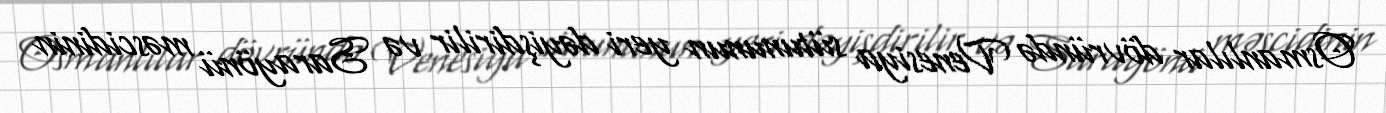
Osmanlılar dövründə Venesiya sütununun yeri dəyişdirilir və Sarayönü məscidinin